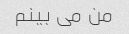
من می بینم